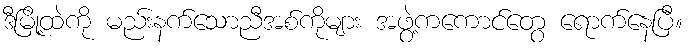
ဒီမြို့ထဲကို မည်းနက်သောညီအစ်ကိုများ အဖွဲ့ကကောင်တွေ ရောက်နေပြီ။